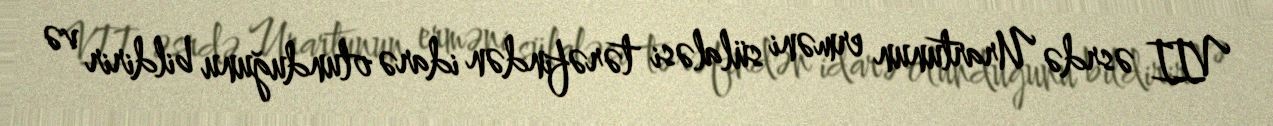
VII əsrdə Urartunun erməni sülaləsi tərəfindən idarə olunduğunu bildirir və